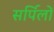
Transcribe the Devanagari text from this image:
सर्पिलों